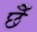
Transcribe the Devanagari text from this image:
छेँ